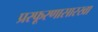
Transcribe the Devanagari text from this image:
प्रस्फूरणासारखा